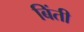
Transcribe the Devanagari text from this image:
बिंती